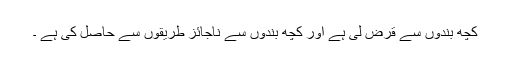
کچھ بندوں سے قرض لی ہے اور کچھ بندوں سے ناجائز طریقوں سے حاصل کی ہے ۔